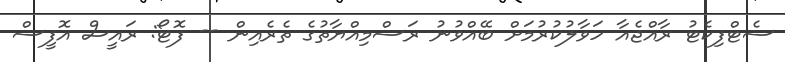
ސެޓްފިކެޓު ރާއްޖެއާ ހަވާލުކުރުމަށް ބޭއްވުނު ރަސްމިއްޔާތުގެ ތެރެއިން -- ފޮޓޯ: ރައީސް އޮފީސް